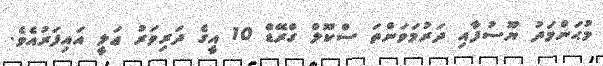
މުޙަންމަދު ޔޫސުފާއި ދަރުމަވަންތަ ސްކޫލް ގްރޭޑް 10 އީގެ ދަރިވަރު ޢަލީ އައިފަރުއެވެ.